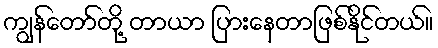
ကျွန်တော်တို့ တာယာ ပြားနေတာဖြစ်နိုင်တယ်။